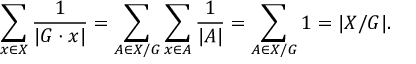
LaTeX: \sum _ { x \in X } { \frac { 1 } { | G \cdot x | } } = \sum _ { A \in X / G } \sum _ { x \in A } { \frac { 1 } { | A | } } = \sum _ { A \in X / G } 1 = | X / G | .